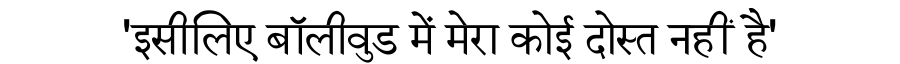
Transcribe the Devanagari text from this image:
'इसीलिए बॉलीवुड में मेरा कोई दोस्त नहीं है'